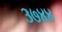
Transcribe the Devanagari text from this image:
३७४४